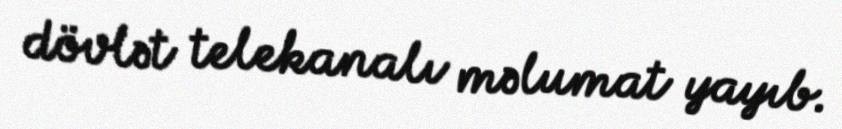
dövlət telekanalı məlumat yayıb.